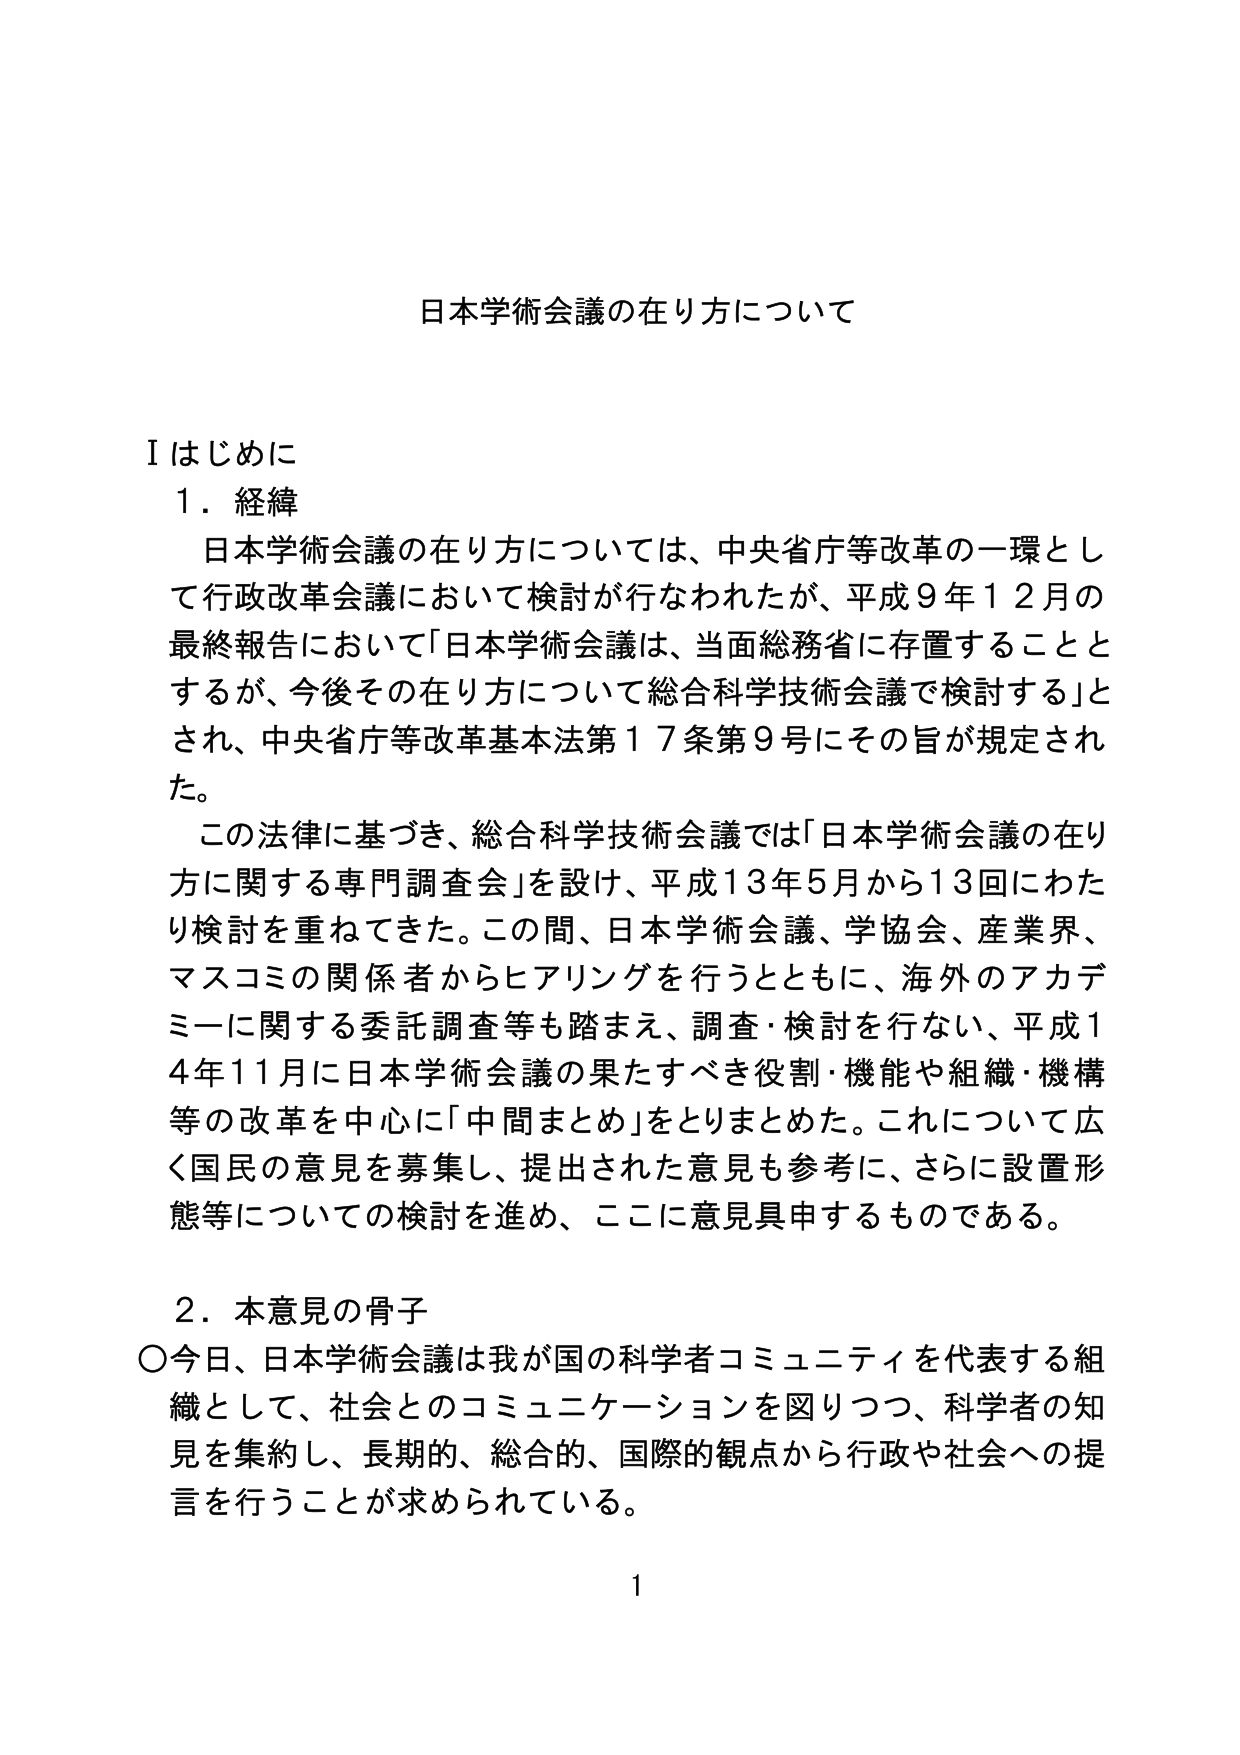
日本学術会議の在り方について

Ⅰ はじめに
１．経緯
　日本学術会議の在り方については、中央省庁等改革の一環として行政改革会議において検討が行なわれたが、平成９年１２月の最終報告において「日本学術会議は、当面総務省に存置することとするが、今後その在り方について総合科学技術会議で検討する」とされ、中央省庁等改革基本法第１７条第９号にその旨が規定された。
　この法律に基づき、総合科学技術会議では「日本学術会議の在り方に関する専門調査会」を設け、平成１３年５月から１３回にわたり検討を重ねてきた。この間、日本学術会議、学協会、産業界、マスコミの関係者からヒアリングを行うとともに、海外のアカデミーに関する委託調査等も踏まえ、調査・検討を行い、平成１４年１１月に日本学術会議の果たすべき役割・機能や組織・機構等の改革を中心に「中間まとめ」をとりまとめた。これについて広く国民の意見を募集し、提出された意見も参考に、さらに設置形態等についての検討を進め、ここに意見具申するものである。

２．本意見の骨子
○今日、日本学術会議は我が国の科学者コミュニティを代表する組織として、社会とのコミュニケーションを図りつつ、科学者の知見を集約し、長期的、総合的、国際的観点から行政や社会への提言を行うことが求められている。

1